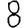
Digit: 8